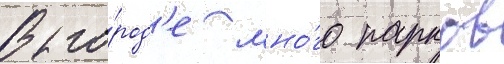
В го́род'е мно́го парков